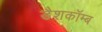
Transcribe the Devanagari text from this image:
डैशकॉम्ब